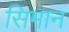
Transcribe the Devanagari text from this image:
सिमान